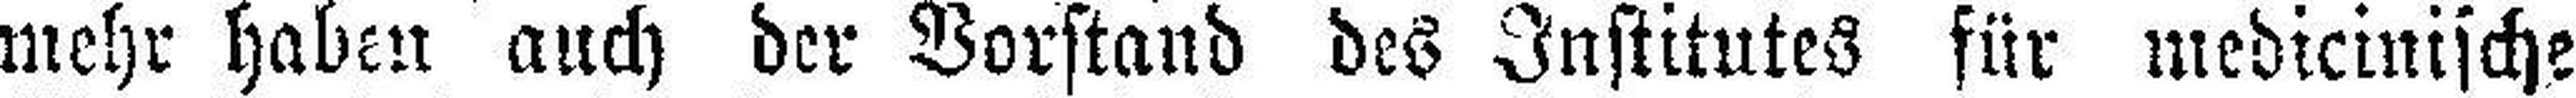
mehr haben auch der Vorstand des Institutes für medicinische